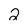
Character: 2